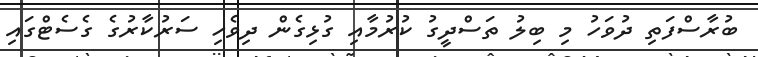
ބުރާސްފަތި ދުވަހު މި ބިލު ތަސްދީގު ކުރުމާއި ގުޅިގެން ދިވެހި ސަރުކާރުގެ ގެސެޓްގައި